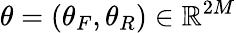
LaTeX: \theta=(\theta_{F},\theta_{R})\in\mathbb{R}^{2M}